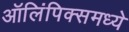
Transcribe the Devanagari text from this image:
ऑलिंपिक्समध्ये